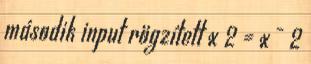
második input rögzített x 2 = x ¯ 2